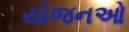
યોજનઓ